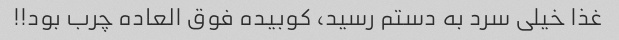
غذا خیلی سرد به دستم رسید، کوبیده فوق العاده چرب بود!!